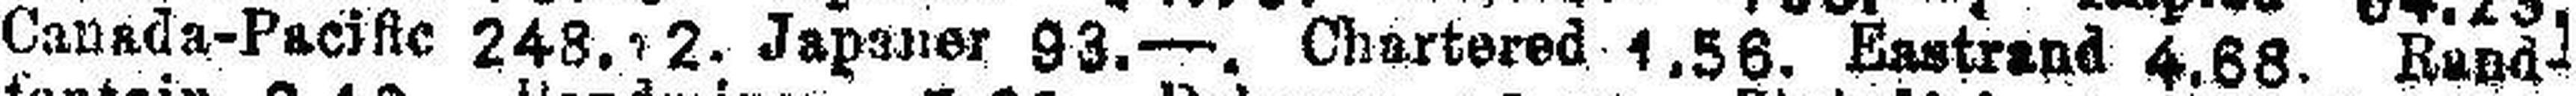
Canada-Pacific 248.12.Japaner 93.—. Chartered 1.56. Eastrand 4,68. Rand¬